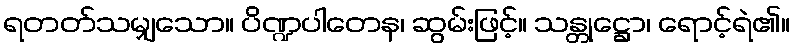
ရတတ်သမျှသော။ ပိဏ္ဍပါတေန၊ ဆွမ်းဖြင့်။ သန္တုဋ္ဌော၊ ရောင့်ရဲ၏။